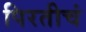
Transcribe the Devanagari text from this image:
पिरतीचं